Annual returns of the Patna Lunatic Asylum at Bankipore in Bihar and Orissa - 1912-1924
Year: 1912
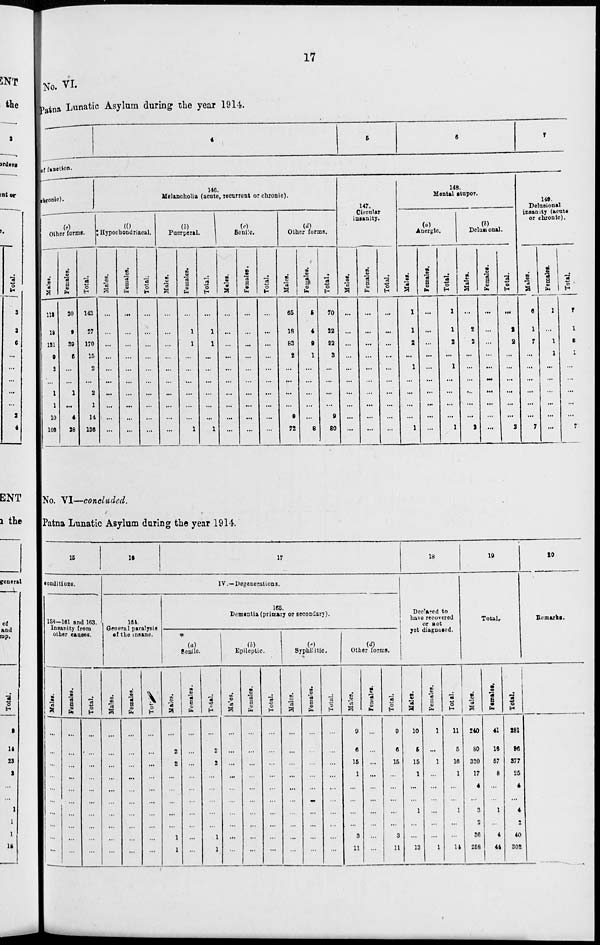
17
No. VI.
Patna Lunatic Asylum during the year 1914.
4
5
6
7
of function.
chronic).
(e)
Other forme.
Males.
118
18
131
9
2
...
1
1
10
108
Females.
30
9
39
6
...
...
1
...
4
28
Total.
143
27
170
15
2
...
2
1
14
136
146.
Melancholia (acute, recurrent or chronic).
(f)
Hypochondriacal.
Males.
...
...
...
...
...
...
...
...
...
...
Females.
...
...
...
...
...
...
...
...
...
...
Total;
...
...
...
...
... ...
...
...
...
...
(b)
Puerperal.
Males.
...
...
...
...
...
...
...
...
...
...
Females.
...
1
1
...
... ...
...
...
...
1
Total.
...
1
1
...
... ...
...
...
...
1
(c)
Senile.
Males.
...
...
...
...
...
...
...
...
...
...
Females.
...
...
...
...
...
...
...
...
...
...
Total.
...
...
...
...
...
...
...
...
...
...
(d)
Other forms.
Males.
65
18
83
2
..
...
...
...
9
72
Females.
5
4
9
1
...
...
...
...
...
8
Total.
70
22
92
3
...
...
...
...
9
80
147.
Circular
insanity.
Males.
...
...
...
...
...
...
...
...
...
...
Females.
...
...
...
...
...
...
...
...
...
...
Total.
...
...
...
...
...
...
...
...
...
...
148.
Mental stupor.
(a)
Anergic.
Males.
1
1
2
...
1
...
...
...
...
1
Females.
...
...
...
...
...
...
...
...
...
...
Total.
1
1
2
...
1
...
...
...
...
1
(b)
Delusional.
Males.
...
2
2
...
...
...
...
...
...
2
Females.
...
...
...
...
...
...
...
...
...
...
Total.
...
1
2
...
...
...
...
...
...
2
149.
Delusional
insanity (acute
or chronic).
Males.
6
1
7
...
...
...
...
...
...
7
Females.
1
...
1
1
...
...
...
...
...
...
Total,
7
1
8
1
...
...
...
...
...
7
No. VI—concluded.
Patna Lunatic Asylum during the year 1914.
15
conditions.
158-161 and 163.
Insanity from
other causes.
Males.
...
...
...
...
...
...
...
...
...
...
Females.
...
...
...
...
...
...
...
...
...
...
Total.
...
...
...
...
...
...
...
...
...
...
16
164.
General paralysis
of the insane.
Males.
...
...
...
...
...
...
...
...
...
...
Females.
...
...
...
...
...
...
...
...
...
...
Total
...
...
...
...
...
...
...
...
...
...
17
IV.— Degenerations.
165.
Dementia (primary or secondary).
(a)
Senile.
Males.
...
2
2
...
...
...
...
...
1
1
Females.
...
...
...
...
...
...
...
...
...
...
Total.
...
2
2
...
...
...
...
...
1
1
(b)
Epileptic.
Males.
...
...
...
...
...
...
...
...
...
...
Females.
...
...
...
...
...
...
...
...
...
...
Total.
...
...
...
...
...
...
...
...
...
...
(c)
Syphilitic.
Males.
...
...
...
...
...
...
...
...
...
...
Females.
...
...
...
...
...
...
...
...
...
...
Total.
...
...
...
...
...
...
...
...
...
...
(d)
Other forms.
Males.
9
6
15
1
...
...
...
...
3
11
Females.
...
...
...
...
...
...
...
...
...
...
Total.
9
6
15
...
...
...
...
...
3
11
18
Declared to
have recovered
or not
yet diagnosed.
Males.
10
5
15
1
...
...
1
...
...
13
Females.
1
...
1
...
...
...
...
...
...
1
Total.
11
5
16
1
...
...
1
...
...
14
19
Total,
Males.
240
80
320
17
4
...
3
2
36
258
Females.
41
16
57
8
...
...
1
...
4
44
Total.
281
96
377
25
4
...
4
2
40
302
20
Remarks.